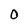
Character: O